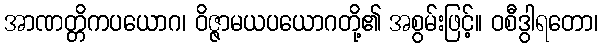
အာဏတ္တိကပယောဂ၊ ဝိဇ္ဇာမယပယောဂတို့၏ အစွမ်းဖြင့်။ ဝစီဒွါရတော၊